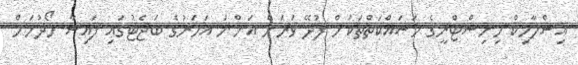
އިސްލާމިކް މިނިސްޓްރީގެ މަސައްކަތްތަކަށް ފުދޭ ވަރަށް އަންނަ އަހަރުގެ ބަޖެޓުގައި ފައިސާ ހޯދުމަށް